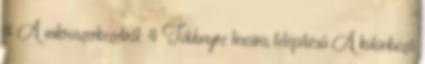
4 A mikroszerkezetről: 4 Többnyire lineáris felépítésű A különböző